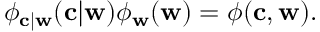
\phi _ { \mathbf { c } | \mathbf { w } } ( \mathbf { c } | \mathbf { w } ) \phi _ { \mathbf { w } } ( \mathbf { w } ) = \phi ( \mathbf { c } , \mathbf { w } ) .